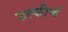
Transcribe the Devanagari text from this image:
उत्कीर्णं